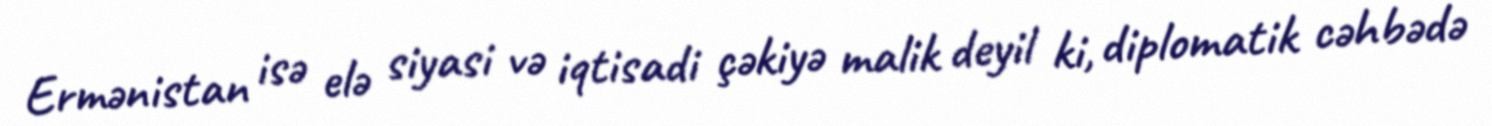
Ermənistan isə elə siyasi və iqtisadi çəkiyə malik deyil ki, diplomatik cəhbədə